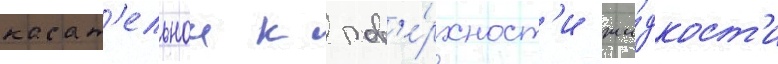
касат'ельнои к пов'е́рхност'и жи́дкост'и